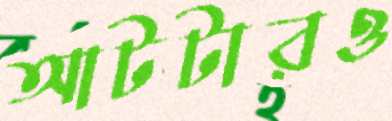
আটটারও